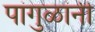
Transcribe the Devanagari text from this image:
पांगुळांनी